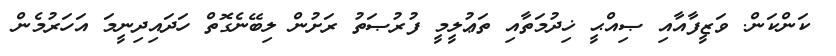
ކަންކަން. ވަޒީފާއާއި ޞިއްޙީ ޚިދުމަތާއި ތަޢުލީމީ ފުރުޞަތު ރަށުން ލިބޭނެގޮތް ހަދައިދިނީމަ އަހަރުމެން